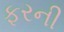
ફરની